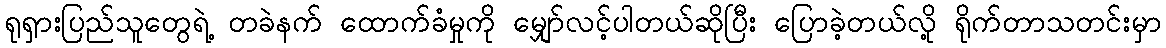
ရုရှားပြည်သူတွေရဲ့ တခဲနက် ထောက်ခံမှုကို မျှော်လင့်ပါတယ်ဆိုပြီး ပြောခဲ့တယ်လို့ ရိုက်တာသတင်းမှာ